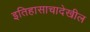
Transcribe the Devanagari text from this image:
इतिहासाचादेखील